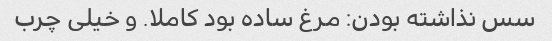
سس نذاشته بودن: مرغ ساده بود کاملا. و خیلی چرب